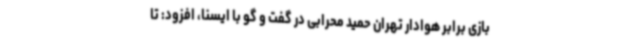
بازی برابر هوادار تهران حمید محرابی در گفت و گو با ایسنا، افزود: تا